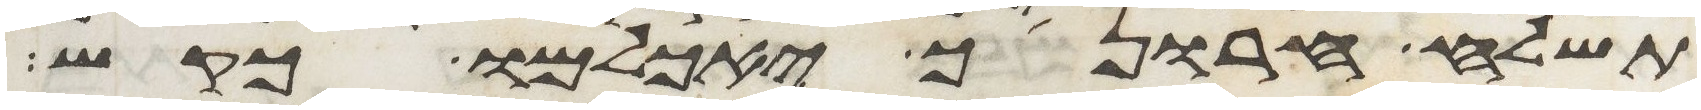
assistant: תשלח חרונך יאכלמו כקש